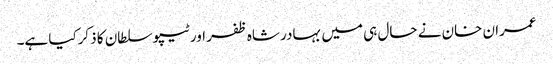
عمران خان نے حال ہی میں بہادر شاہ ظفر اور ٹیپو سلطان کا ذکرکیا ہے۔